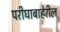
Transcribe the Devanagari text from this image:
परीघाबाहेरील